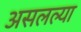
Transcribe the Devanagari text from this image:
असलल्या